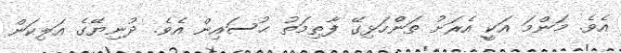
އެވެ. މަންމަ އަކީ އެރަށު ތަންހަޅިގޭ ފާޠިމަތު ޙުސައިން އެވެ. ދުނިޔޭގެ އަލިކަން